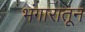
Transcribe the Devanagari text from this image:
भंगारातून